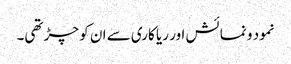
نمود و نمائش اور ریا کاری سے ان کو چڑ تھی۔